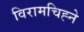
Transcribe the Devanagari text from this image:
विरामचिह्ने